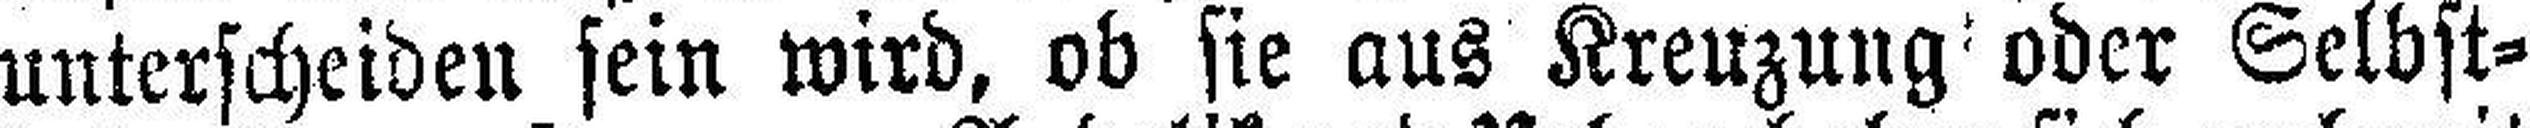
unterscheiden sein wird, ob sie aus Kreuzung oder Selbst¬